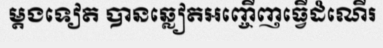
ម្តងទៀត បានឆ្លៀតអញ្ចើញធ្វើដំណើរ